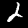
Digit: 2